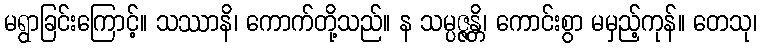
မရွာခြင်းကြောင့်။ သဿာနိ၊ ကောက်တို့သည်။ န သမ္ပဇ္ဇန္တိ၊ ကောင်းစွာ မမှည့်ကုန်။ တေသု၊